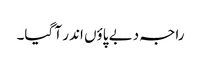
راجہ دبے پاؤں اندر آ گیا۔